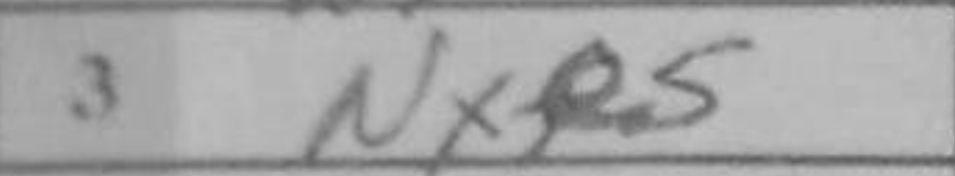
Transcription: Nxe5